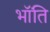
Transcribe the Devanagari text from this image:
भॉंति